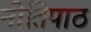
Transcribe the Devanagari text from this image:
नीतिपाठ